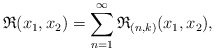
\begin{align*}\mathfrak{R}(x_1,x_2)=\sum_{n=1}^{\infty} \mathfrak{R}_{(n,k)}(x_1,x_2),\end{align*}